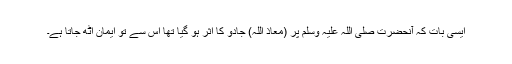
ایسی بات کہ آنحضرت صلی اللہ علیہ وسلم پر (معاذ اللہ) جادو کا اثر ہو گیا تھا اس سے تو ایمان اٹھ جاتا ہے۔